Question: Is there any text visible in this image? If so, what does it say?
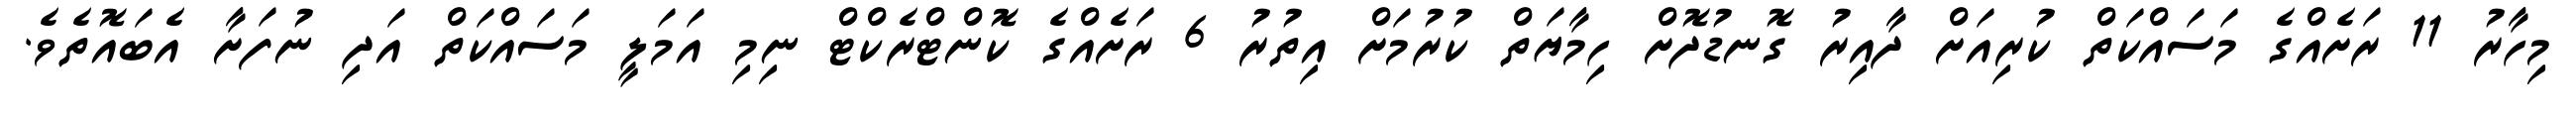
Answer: މިހާރު 11 ރަށެއްގެ މަސައްކަތް ކުރިއަށް ދާއިރު ގޮނޑުދޮށް ހިމާޔަތް ކުރުމަށް އިތުރު 6 ރަށެއްގެ ކޮންޓްރެކްޓް ނިމި އަމަލީ މަސައްކަތް އަދި ނުފަށާ އެބައޮތެވެ.